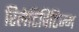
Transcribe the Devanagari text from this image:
रिलेटिविटिज्म